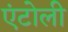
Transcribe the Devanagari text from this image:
एंटोली